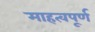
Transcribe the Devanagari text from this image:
माहत्वपूर्ण